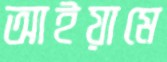
আইয়ামে